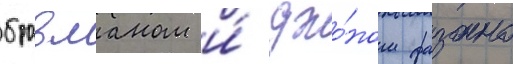
бравманом и́ джо́ном фазано